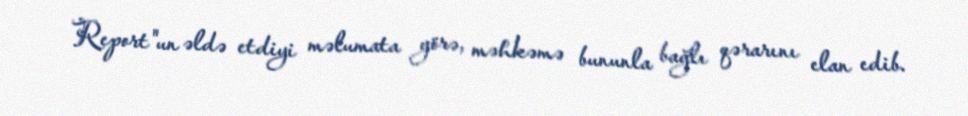
Report"un əldə etdiyi məlumata görə, məhkəmə bununla bağlı qərarını elan edib.